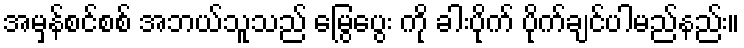
အမှန်စင်စစ် အဘယ်သူသည် မြွေပွေး ကို ခါးပိုက် ပိုက်ချင်ပါမည်နည်း။